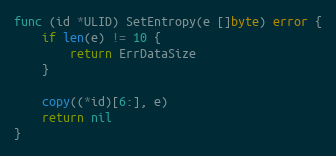
Language: Go
func (id *ULID) SetEntropy(e []byte) error {
	if len(e) != 10 {
		return ErrDataSize
	}

	copy((*id)[6:], e)
	return nil
}